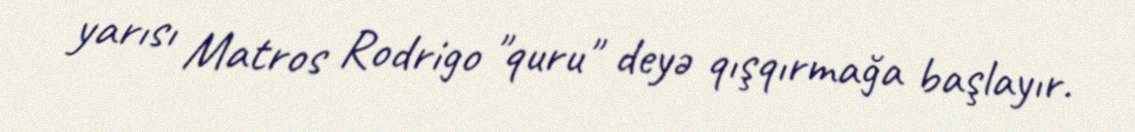
yarısı Matros Rodrigo "quru" deyə qışqırmağa başlayır.